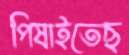
পিষাইতেছ